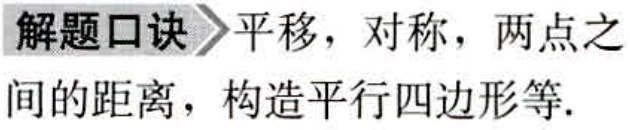
解题口诀 平移，对称，两点之间的距离，构造平行四边形等.